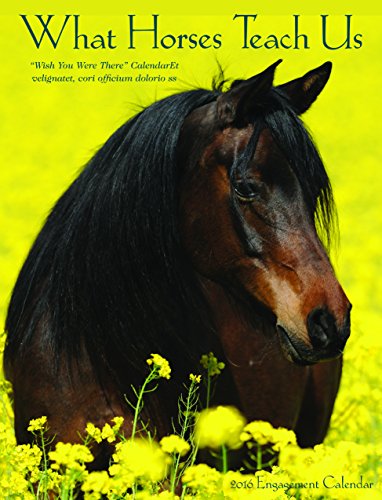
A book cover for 2016 What Horses Teach Us Engagement Calendar; Willow Creek Press; Calendars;